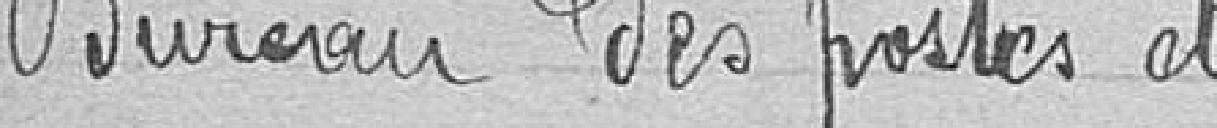
Bureau des postes et